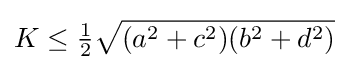
K\leq {\tfrac {1}{2}}{\sqrt {(a^{2}+c^{2})(b^{2}+d^{2})}}